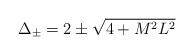
LaTeX: \begin{align*}\Delta_\pm=2\pm \sqrt{4+M^2 L^2} \end{align*}